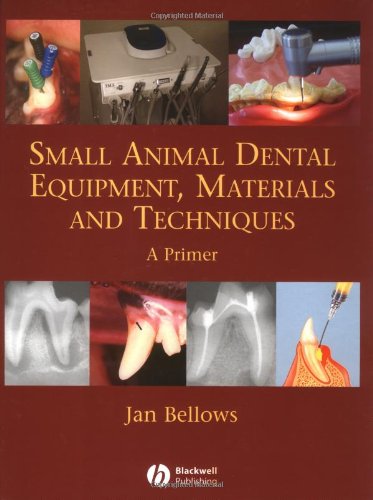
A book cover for Small Animal Dental Equipment, Materials and Techniques: A Primer; Jan Bellows; Medical Books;